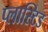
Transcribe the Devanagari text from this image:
प्लास्टिड